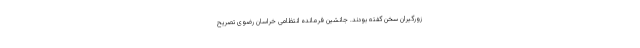
زورگیران سخن گفته بودند. جانشین فرمانده انتظامی خراسان رضوی تصریح